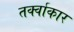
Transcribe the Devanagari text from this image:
तर्क्वाकार